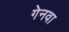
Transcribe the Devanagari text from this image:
गेनवा